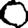
Digit: 0